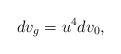
LaTeX: \begin{align*}dv_g = u^4 dv_0,\end{align*}